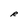
Character: R